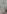
بن